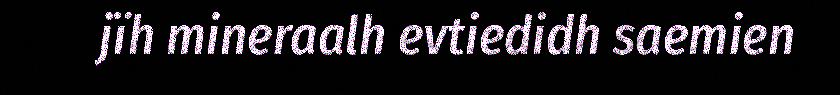
jïh mineraalh evtiedidh saemien